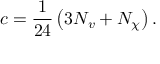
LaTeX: c = \frac { 1 } { 2 4 } \left( 3 N _ { v } + N _ { \chi } \right) .